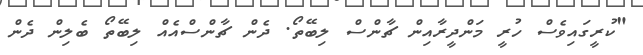
"ކުރީގައިވެސް ހުރީ މަންދީރާއިން ޗާންސް ލިބޭތޯ. ދެން ޗާންސްއެއް ލިބޭތޯ ބެލިން ދެން